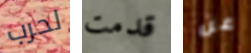
لحرب قدمت عن